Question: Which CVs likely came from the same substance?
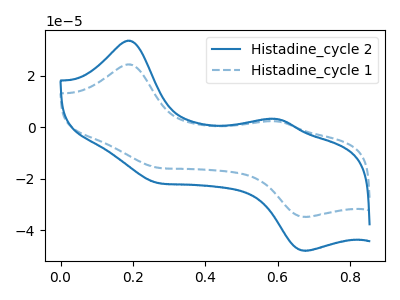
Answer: <think>The blue curve "Histadine_cycle 2" has anodic peaks at (0.20V, 33.70uA) (0.60V, 3.25uA) and cathodic peaks at (0.25V, -21.55uA) (0.70V, -48.05uA). The blue dashed curve "Histadine_cycle 1" has anodic peaks at (0.20V, 24.50uA) (0.60V, 2.35uA) and cathodic peaks at (0.25V, -15.65uA) (0.70V, -34.90uA).
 All the peaks in "Histadine_cycle 2" have a peak in "Histadine_cycle 1" at the same potential. Every peak in "Histadine_cycle 2" is higher than every peak in "Histadine_cycle 1".</think>
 <answer>"Histadine_cycle 1" and "Histadine_cycle 2" have the same shape and are likely CV's of the same chemical.</answer>
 <eval>"Histadine_cycle 1" "Histadine_cycle 2"</eval>